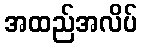
အထည်အလိပ်